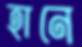
হানে